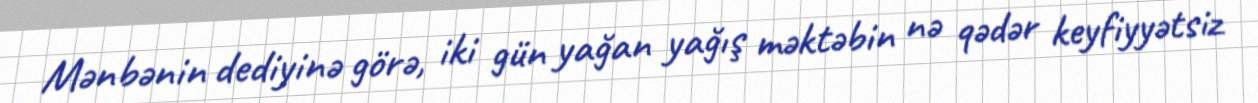
Mənbənin dediyinə görə, iki gün yağan yağış məktəbin nə qədər keyfiyyətsiz